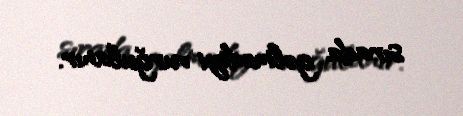
sırada gəlmədiyi vurğulanır.